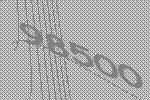
98500